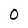
Character: 0